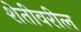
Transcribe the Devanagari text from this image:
शेतीवरील